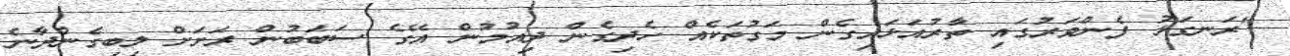
"ރަނގަޅު ފެންވަރުގައި ތާރުއަޅައިގެން މަގުތަކެއް ހެދިގެން ދިއުމުން އޭގެ ސަބަބުން ރަށަށް ލިބިގެންދާނެ